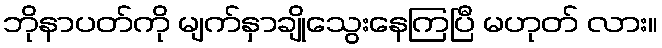
ဘိုနာပတ်ကို မျက်နှာချိုသွေးနေကြပြီ မဟုတ် လား။